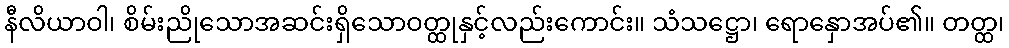
နီလိယာဝါ၊ စိမ်းညိုသောအဆင်းရှိသောဝတ္ထုနှင့်လည်းကောင်း။ သံသဋ္ဌော၊ ရောနှောအပ်၏။ တတ္ထ၊